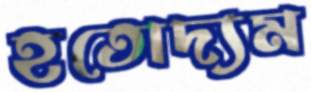
হতোদ্যম